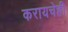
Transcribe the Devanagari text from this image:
करायचेही